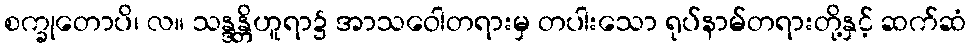
စက္ခုတောပိ၊ လ။ သန္ဒန္တိဟူရာ၌ အာသဝေါတရားမှ တပါးသော ရုပ်နာမ်တရားတို့နှင့် ဆက်ဆံ